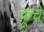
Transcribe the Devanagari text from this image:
कूचें